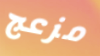
مزعج